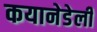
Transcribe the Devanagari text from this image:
कयानेडेली